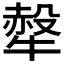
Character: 𤛖